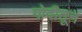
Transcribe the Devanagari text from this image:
गोदीतून